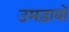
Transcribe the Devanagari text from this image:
उमड़ावों